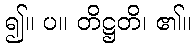
၍။ ပ။ တိဋ္ဌတိ၊ ၏။